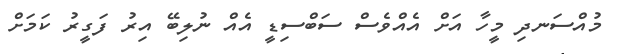
މުއްސަނދި މީހާ އަށް އެއްވެސް ސަބްސިޑީ އެއް ނުލިބޭ އިރު ފަގީރު ކަމަށް